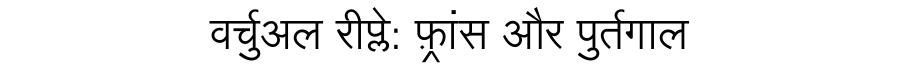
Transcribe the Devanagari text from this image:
वर्चुअल रीप्ले: फ़्रांस और पुर्तगाल